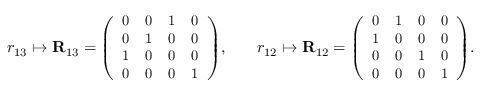
\begin{array} { r l } { r _ { 1 3 } \mapsto \mathbf { R } _ { 1 3 } = { \small \left( \begin{array} { l l l l } { 0 } & { 0 } & { 1 } & { 0 } \\ { 0 } & { 1 } & { 0 } & { 0 } \\ { 1 } & { 0 } & { 0 } & { 0 } \\ { 0 } & { 0 } & { 0 } & { 1 } \end{array} \right) } , \quad } & { r _ { 1 2 } \mapsto \mathbf { R } _ { 1 2 } = { \small \left( \begin{array} { l l l l } { 0 } & { 1 } & { 0 } & { 0 } \\ { 1 } & { 0 } & { 0 } & { 0 } \\ { 0 } & { 0 } & { 1 } & { 0 } \\ { 0 } & { 0 } & { 0 } & { 1 } \end{array} \right) } . \quad } \end{array}